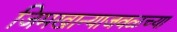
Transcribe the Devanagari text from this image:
जिमखान्याजवळच्या